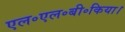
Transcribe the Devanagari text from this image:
एल॰एल॰बी॰किया।